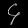
Digit: ၄